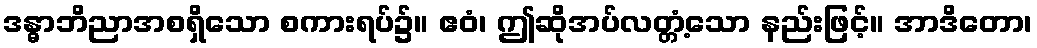
ဒန္ဓာဘိညာအစရှိသော စကားရပ်၌။ ဧဝံ၊ ဤဆိုအပ်လတ္တံ့သော နည်းဖြင့်။ အာဒိတော၊